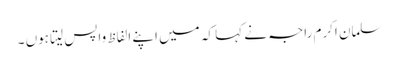
سلمان اکرم راجہ نے کہا کہ میں اپنے الفاظ واپس لیتا ہوں ۔